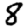
Digit: 8